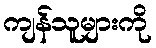
ကျန်သူများကို